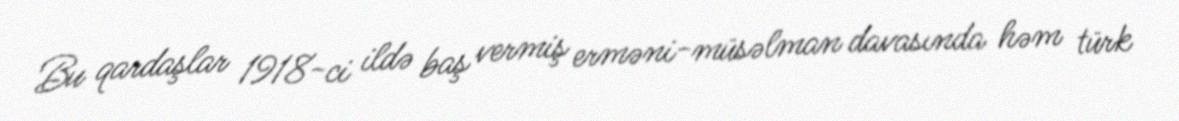
Bu qardaşlar 1918-ci ildə baş vermiş erməni-müsəlman davasında həm türk